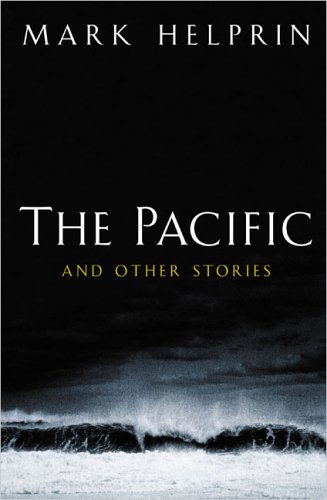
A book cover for The Pacific and Other Stories; Mark Helprin; Literature & Fiction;